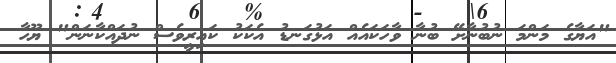
"އަޔާގެ މަންމަ ނުބުނާށޭ ބުނާ ވާހަކައެއް އަޅުގަނޑު އެކަކު ކައިރީވެސް ނުދައްކާނަން" ޔޫހާ